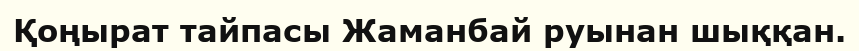
Қоңырат тайпасы Жаманбай руынан шыққан.